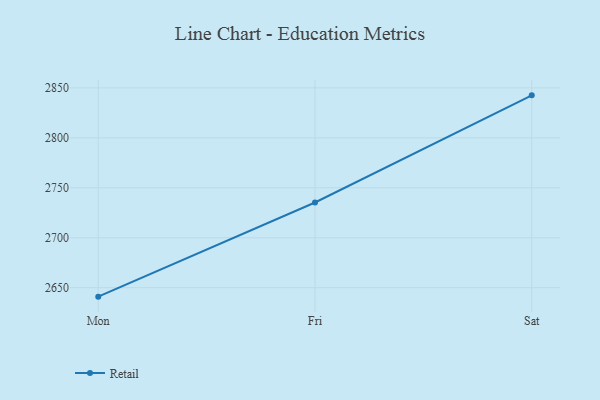
{"axis": {"x": "Day", "y": "Churn Rate (%)"}, "legend": ["Retail"], "data": [{"x": "Mon", "y": 2641.1, "type": "Retail"}, {"x": "Fri", "y": 2735.3, "type": "Retail"}, {"x": "Sat", "y": 2842.5, "type": "Retail"}]}